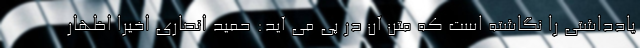
یادداشتی را نگاشته است که متن آن در پی می آید: حمید انصاری اخیرا اظهار